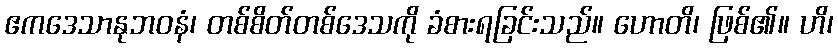
ဧကဒေသာနုဘဝနံ၊ တစ်စိတ်တစ်ဒေသကို ခံစားရခြင်းသည်။ ဟောတိ၊ ဖြစ်၏။ ဟိ၊